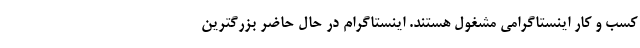
کسب و کار اینستاگرامی مشغول هستند. اینستاگرام در حال حاضر بزرگترین